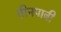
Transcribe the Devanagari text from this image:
तीनपात्री